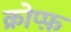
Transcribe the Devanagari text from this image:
क्रोप्फ़